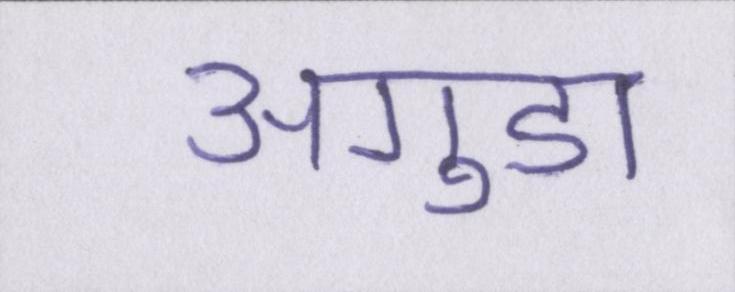
अगुडा